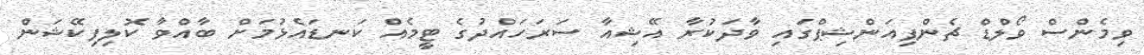
ވިމެންސް ވޯލްޑް ޗެންޕިއަންޝިޕްގައި ވާދަކުރާ އޭޝިއާ ސަރަހައްދުގެ ޓީމެއް ކަނޑައެޅުމަށް ބާއްވާ ކޮލިފިކޭޝަން